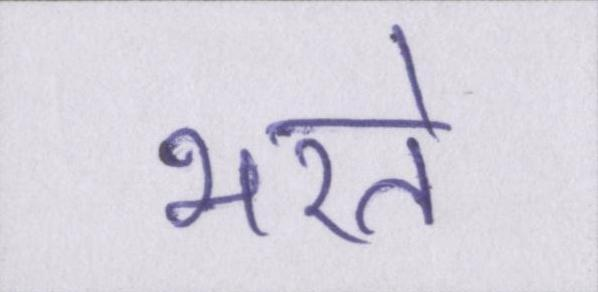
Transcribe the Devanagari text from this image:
भरते